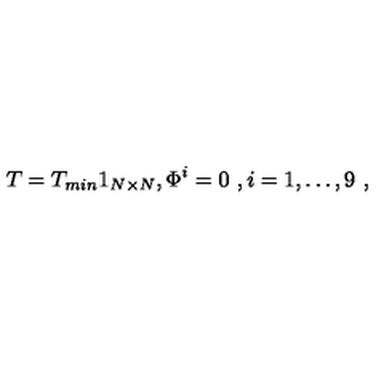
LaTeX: T = T _ { m i n } 1 _ { N \times N } , \Phi ^ { i } = 0 \ , i = 1 , \dots , 9 \ ,